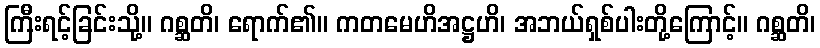
ကြီးရင့်ခြင်းသို့။ ဂစ္ဆတိ၊ ရောက်၏။ ကတမေဟိအဋ္ဌဟိ၊ အဘယ်ရှစ်ပါးတို့ကြောင့်။ ဂစ္ဆတိ၊